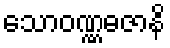
သောဝဏ္ဏဓဇာနိ